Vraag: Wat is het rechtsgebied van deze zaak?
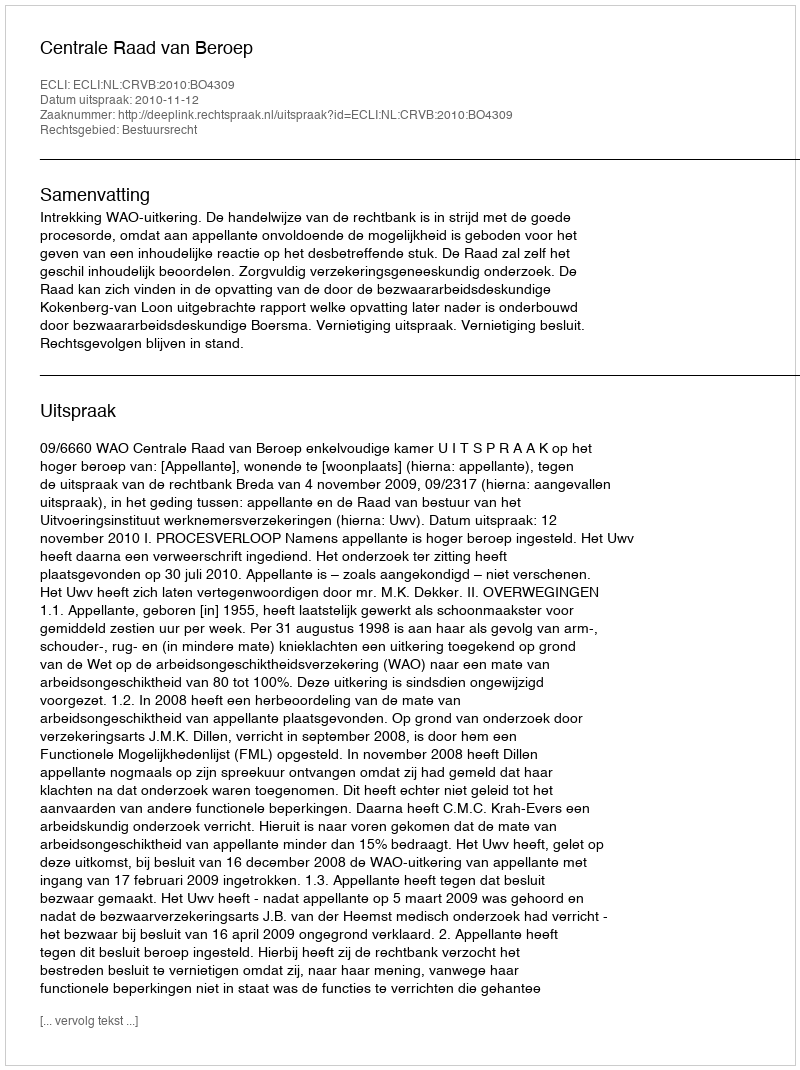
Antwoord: Bestuursrecht